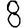
Digit: 8